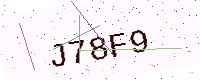
Text: J78F9